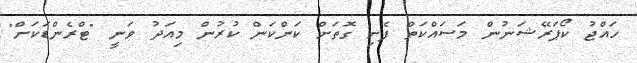
ހައްޖު ކޯޕަރޭޝަނުން މަސައްކަތް ފެށި ގޮތަށް ކަންކަން ކުރުން މިއަދު ވަނީ "ޓްރެންޑަކަށް"